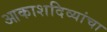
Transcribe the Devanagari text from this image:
आकाशदिव्यांचा